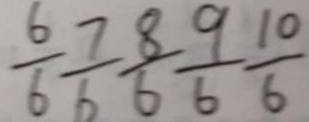
\frac { 6 } { 6 } \frac { 7 } { 6 } \frac { 8 } { 6 } \frac { 9 } { 6 } \frac { 1 0 } { 6 }